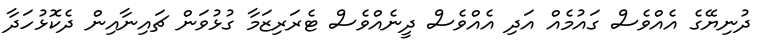
ދުނިޔޭގެ އެއްވެސް ގައުމެއް އަދި އެއްވެސް ދީނެއްވެސް ޓެރަރިޒަމާ ގުޅުވަން ޗައިނާއިން ދެކޮޅުހަދާ